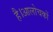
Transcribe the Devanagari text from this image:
है।आलोचकों